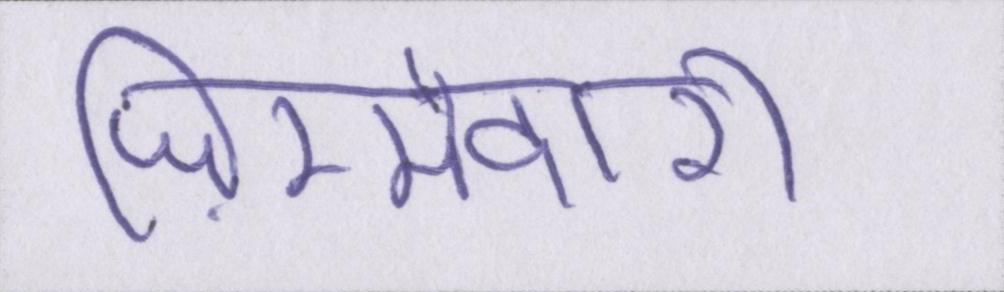
ज़िम्मेदारी